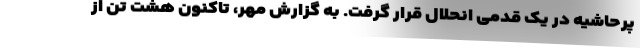
پرحاشیه در یک قدمی انحلال قرار گرفت. به گزارش مهر، تاکنون هشت تن از